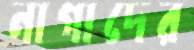
নাগাদের